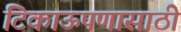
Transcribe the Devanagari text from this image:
टिकाऊपणासाठी